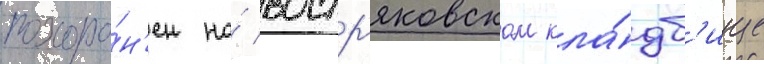
похоро́н'ен на́ востр'яковском кла́дб'ище